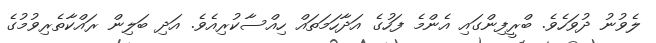
ލެވުނު ދުވަހެވެ. ބްރީފިންގައި އެންމެ ފަހުގެ އަދާހަމަތައް ހިއްސާކުރިއެވެ. އަދި ބަލިން ރައްކާތެރިވުމުގެ